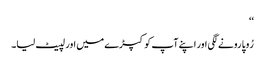
‘‘
رُوپا رونے لگی اور اپنے آپ کو کپڑے میں اور لپیٹ لیا۔